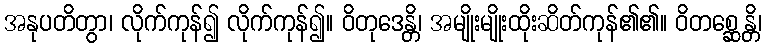
အနုပတိတွာ၊ လိုက်ကုန်၍ လိုက်ကုန်၍။ ဝိတုဒေန္တိ၊ အမျိုးမျိုးထိုးဆိတ်ကုန်၏၏။ ဝိတစ္ဆေန္တိ၊